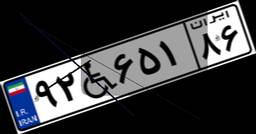
۱۵W۲۶۷۳۲